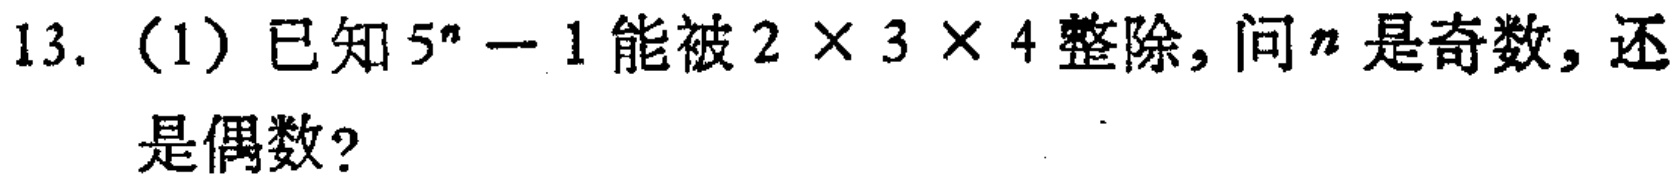
13. (1) 已知 \(5^{n}-1\) 能被 \(2\times3\times4\) 整除，问 \(n\) 是奇数，还是偶数？